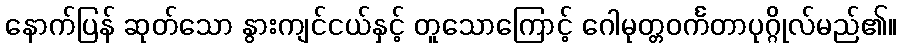
နောက်ပြန် ဆုတ်သော နွားကျင်ငယ်နှင့် တူသောကြောင့် ဂေါမုတ္တဝင်္ကတာပုဂ္ဂိုလ်မည်၏။